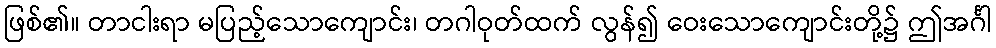
ဖြစ်၏။ တာငါးရာ မပြည့်သောကျောင်း၊ တဂါဝုတ်ထက် လွန်၍ ဝေးသောကျောင်းတို့၌ ဤအင်္ဂါ